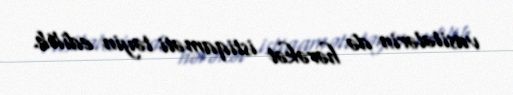
vasitələrin də hərəkət istiqaməti təyin edilib.